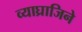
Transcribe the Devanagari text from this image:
व्याघ्राजिने